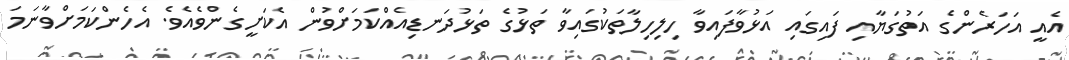
އެއީ އަހަރެންގެ އަތުގަޔާއި ފައިގައި އަޅުވާފައިވާ ހިލިހިލާތަކުގައިވާ ތަޅުގެ ތަޅުދަނޑިއެއްކަމަށްވުން އެކަށީގެންވެއެވެ. އެހެންކަމަށްވާނަމަ